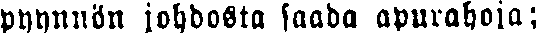
pyynnön johdosta saada apurahoja;